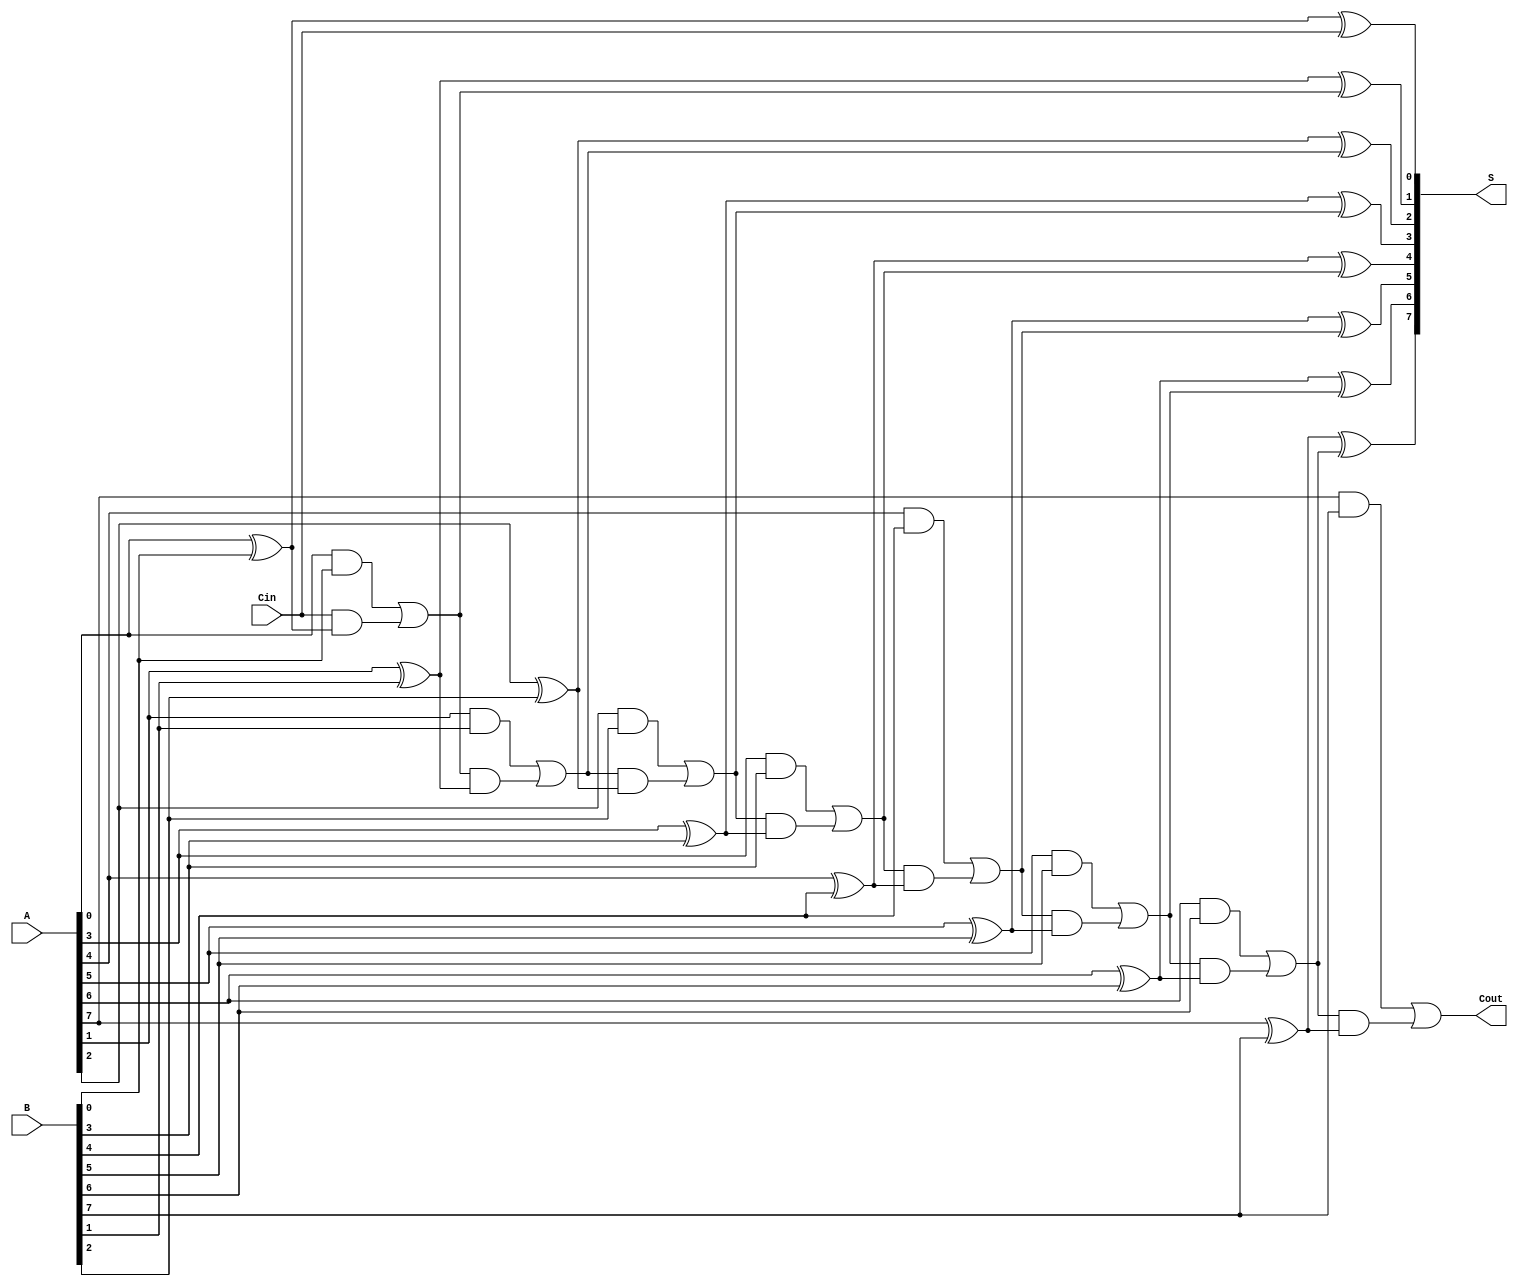
module PrecomputationCarryAdder #(parameter N = 8) (
    input  wire [N-1:0] A,      // First n-bit input
    input  wire [N-1:0] B,      // Second n-bit input
    input  wire         Cin,     // Carry-in
    output wire [N-1:0] S,       // n-bit sum output
    output wire         Cout      // Carry-out
);

    wire [N:0] C; // Carry signals, C[0] = Cin, C[N] = Cout
    assign C[0] = Cin;

    // Precomputation of carry values
    genvar i;
    generate
        for (i = 0; i < N; i = i + 1) begin : carry_generation
            assign C[i + 1] = (A[i] & B[i]) | (C[i] & (A[i] ^ B[i]));
        end
    endgenerate

    // Sum calculation
    generate
        for (i = 0; i < N; i = i + 1) begin : sum_calculation
            assign S[i] = A[i] ^ B[i] ^ C[i];
        end
    endgenerate

    // Final carry-out
    assign Cout = C[N];

endmodule